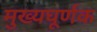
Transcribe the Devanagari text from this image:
मुख्यघूर्णक